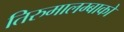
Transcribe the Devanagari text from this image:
तिरुमालम्बाको